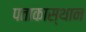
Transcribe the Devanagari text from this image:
पताकास्थान